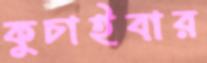
কুচাইবার